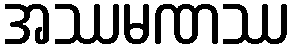
အဿမဏဿ